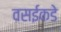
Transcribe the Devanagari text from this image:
वसईकडे